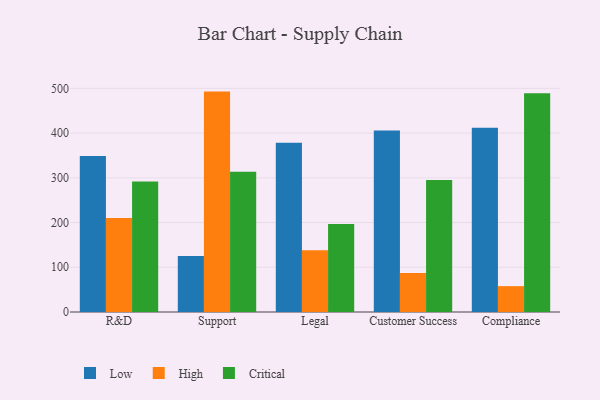
{"axis": {"x": "Department", "y": "Budget (USD K)"}, "legend": ["Critical", "High", "Low"], "data": [{"x": "R&D", "y": 348.9, "type": "Low"}, {"x": "R&D", "y": 210.4, "type": "High"}, {"x": "R&D", "y": 292.0, "type": "Critical"}, {"x": "Support", "y": 125.4, "type": "Low"}, {"x": "Support", "y": 492.8, "type": "High"}, {"x": "Support", "y": 313.7, "type": "Critical"}, {"x": "Legal", "y": 378.7, "type": "Low"}, {"x": "Legal", "y": 138.0, "type": "High"}, {"x": "Legal", "y": 196.6, "type": "Critical"}, {"x": "Customer Success", "y": 405.8, "type": "Low"}, {"x": "Customer Success", "y": 87.0, "type": "High"}, {"x": "Customer Success", "y": 295.0, "type": "Critical"}, {"x": "Compliance", "y": 412.0, "type": "Low"}, {"x": "Compliance", "y": 57.8, "type": "High"}, {"x": "Compliance", "y": 489.2, "type": "Critical"}]}